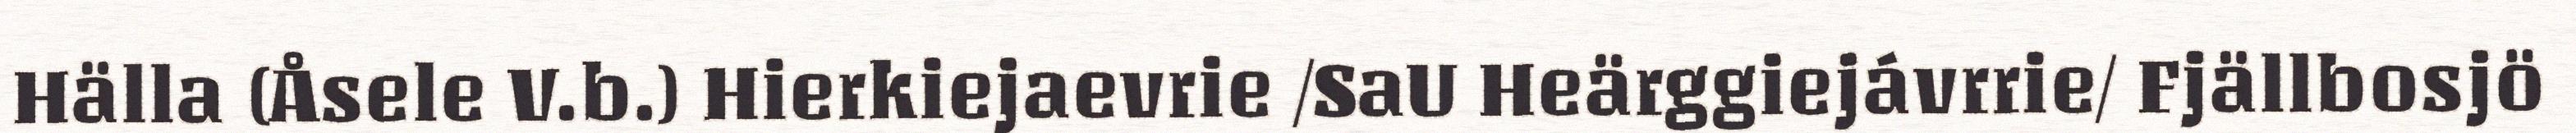
Hälla (Åsele V.b.) Hierkiejaevrie /SaU Heärggiejávrrie/ Fjällbosjö